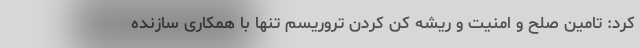
کرد: تامین صلح و امنیت و ریشه کن کردن تروریسم تنها با همکاری سازنده